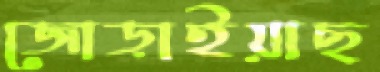
জোড়াইয়াছ